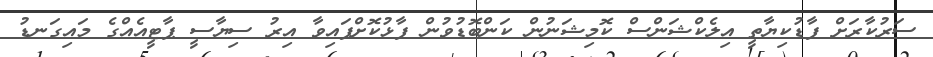
ސަރުކާރަށް ފާޑުކިޔާތީ އިލެކްޝަންސް ކޮމިޝަނުން ކަންބޮޑުވުން ފާޅުކޮށްފައިވާ އިރު ސިޔާސީ ޕާޓީއެއްގެ މައިގަނޑު